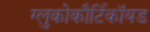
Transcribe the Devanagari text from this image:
ग्लुकोकौर्टिकॉयड